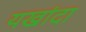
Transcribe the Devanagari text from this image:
यखांदा